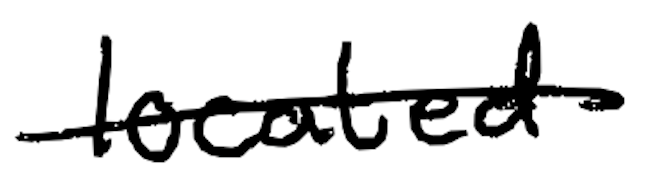
Text: located
Cross-out: single-line
Writing tool: digital_black